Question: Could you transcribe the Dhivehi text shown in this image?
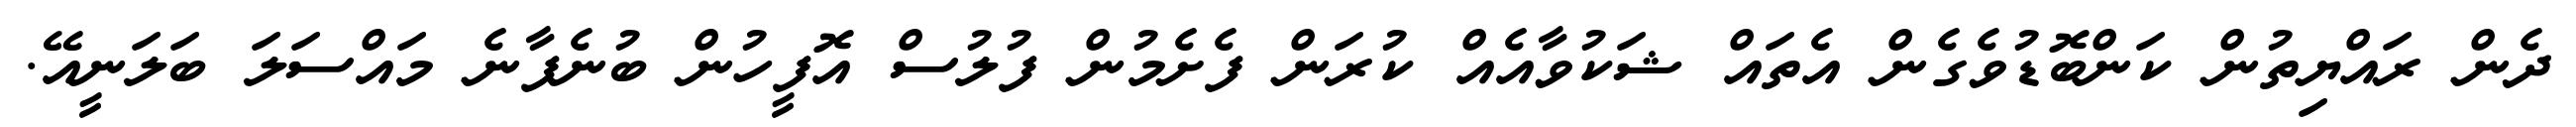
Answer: ދެން ރައްޔިތުން ކަންބޮޑުވެގެން އެތައް ޝަކުވާއެއް ކުރަން ފެށެމުން ފުލުސް އޮފީހުން ބުނެފާނެ މައްސަލަ ބަލަނީއޭ.